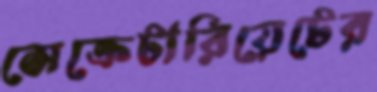
সেক্রেটারিয়েটের